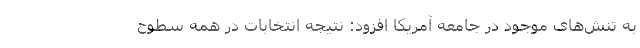
به تنش‌های موجود در جامعه آمریکا افزود: نتیجه انتخابات در همه سطوح